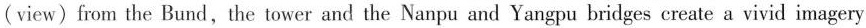
(view)from the Bund, the tower and the Nanpu and Yangpu bridges create a vivid imagery